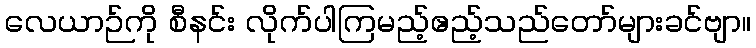
လေယာဉ်ကို စီနင်း လိုက်ပါကြမည့်ဧည့်သည်တော်များခင်ဗျာ။